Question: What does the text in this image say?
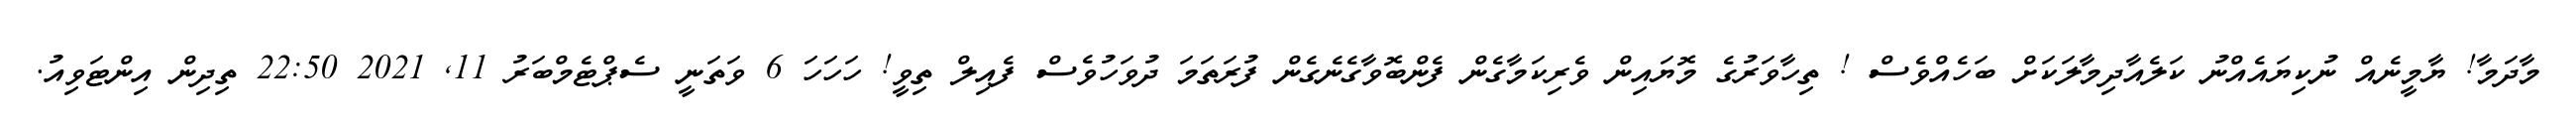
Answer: މާދަމާ! ޔާމީނެއް ނުކިޔައެއްނު ކަލެއާދިމާލަކަށް ބަހެއްވެސް ! ތިހާވަރުގެ މޮޔައިން ވެރިކަމާގެން ފެންބޮވާގެނެގެން ފުރަތަމަ ދުވަހުވެސް ފެއިލް ތިވީ! ހަހަހަ 6 ވަތަނީ ސެޕްޓެމްބަރު 11, 2021 22:50 ތިދިން އިންޓަވިއު.